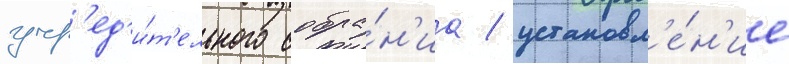
учр'ед'и́т'ельного собра́н'иа / установл'е́н'ие